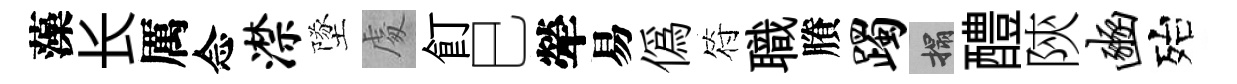
藻长厲念潸墜䖏飣巳犖易偽符職賸躅搨醴陝豳殆